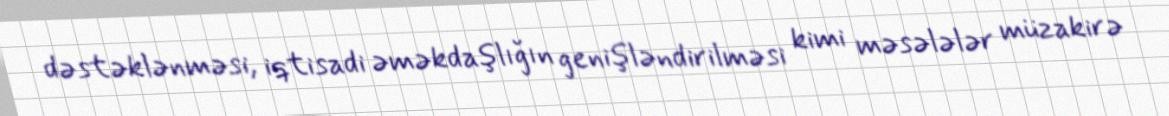
dəstəklənməsi, iqtisadi əməkdaşlığın genişləndirilməsi kimi məsələlər müzakirə